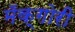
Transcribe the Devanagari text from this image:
मॅक्गोरी